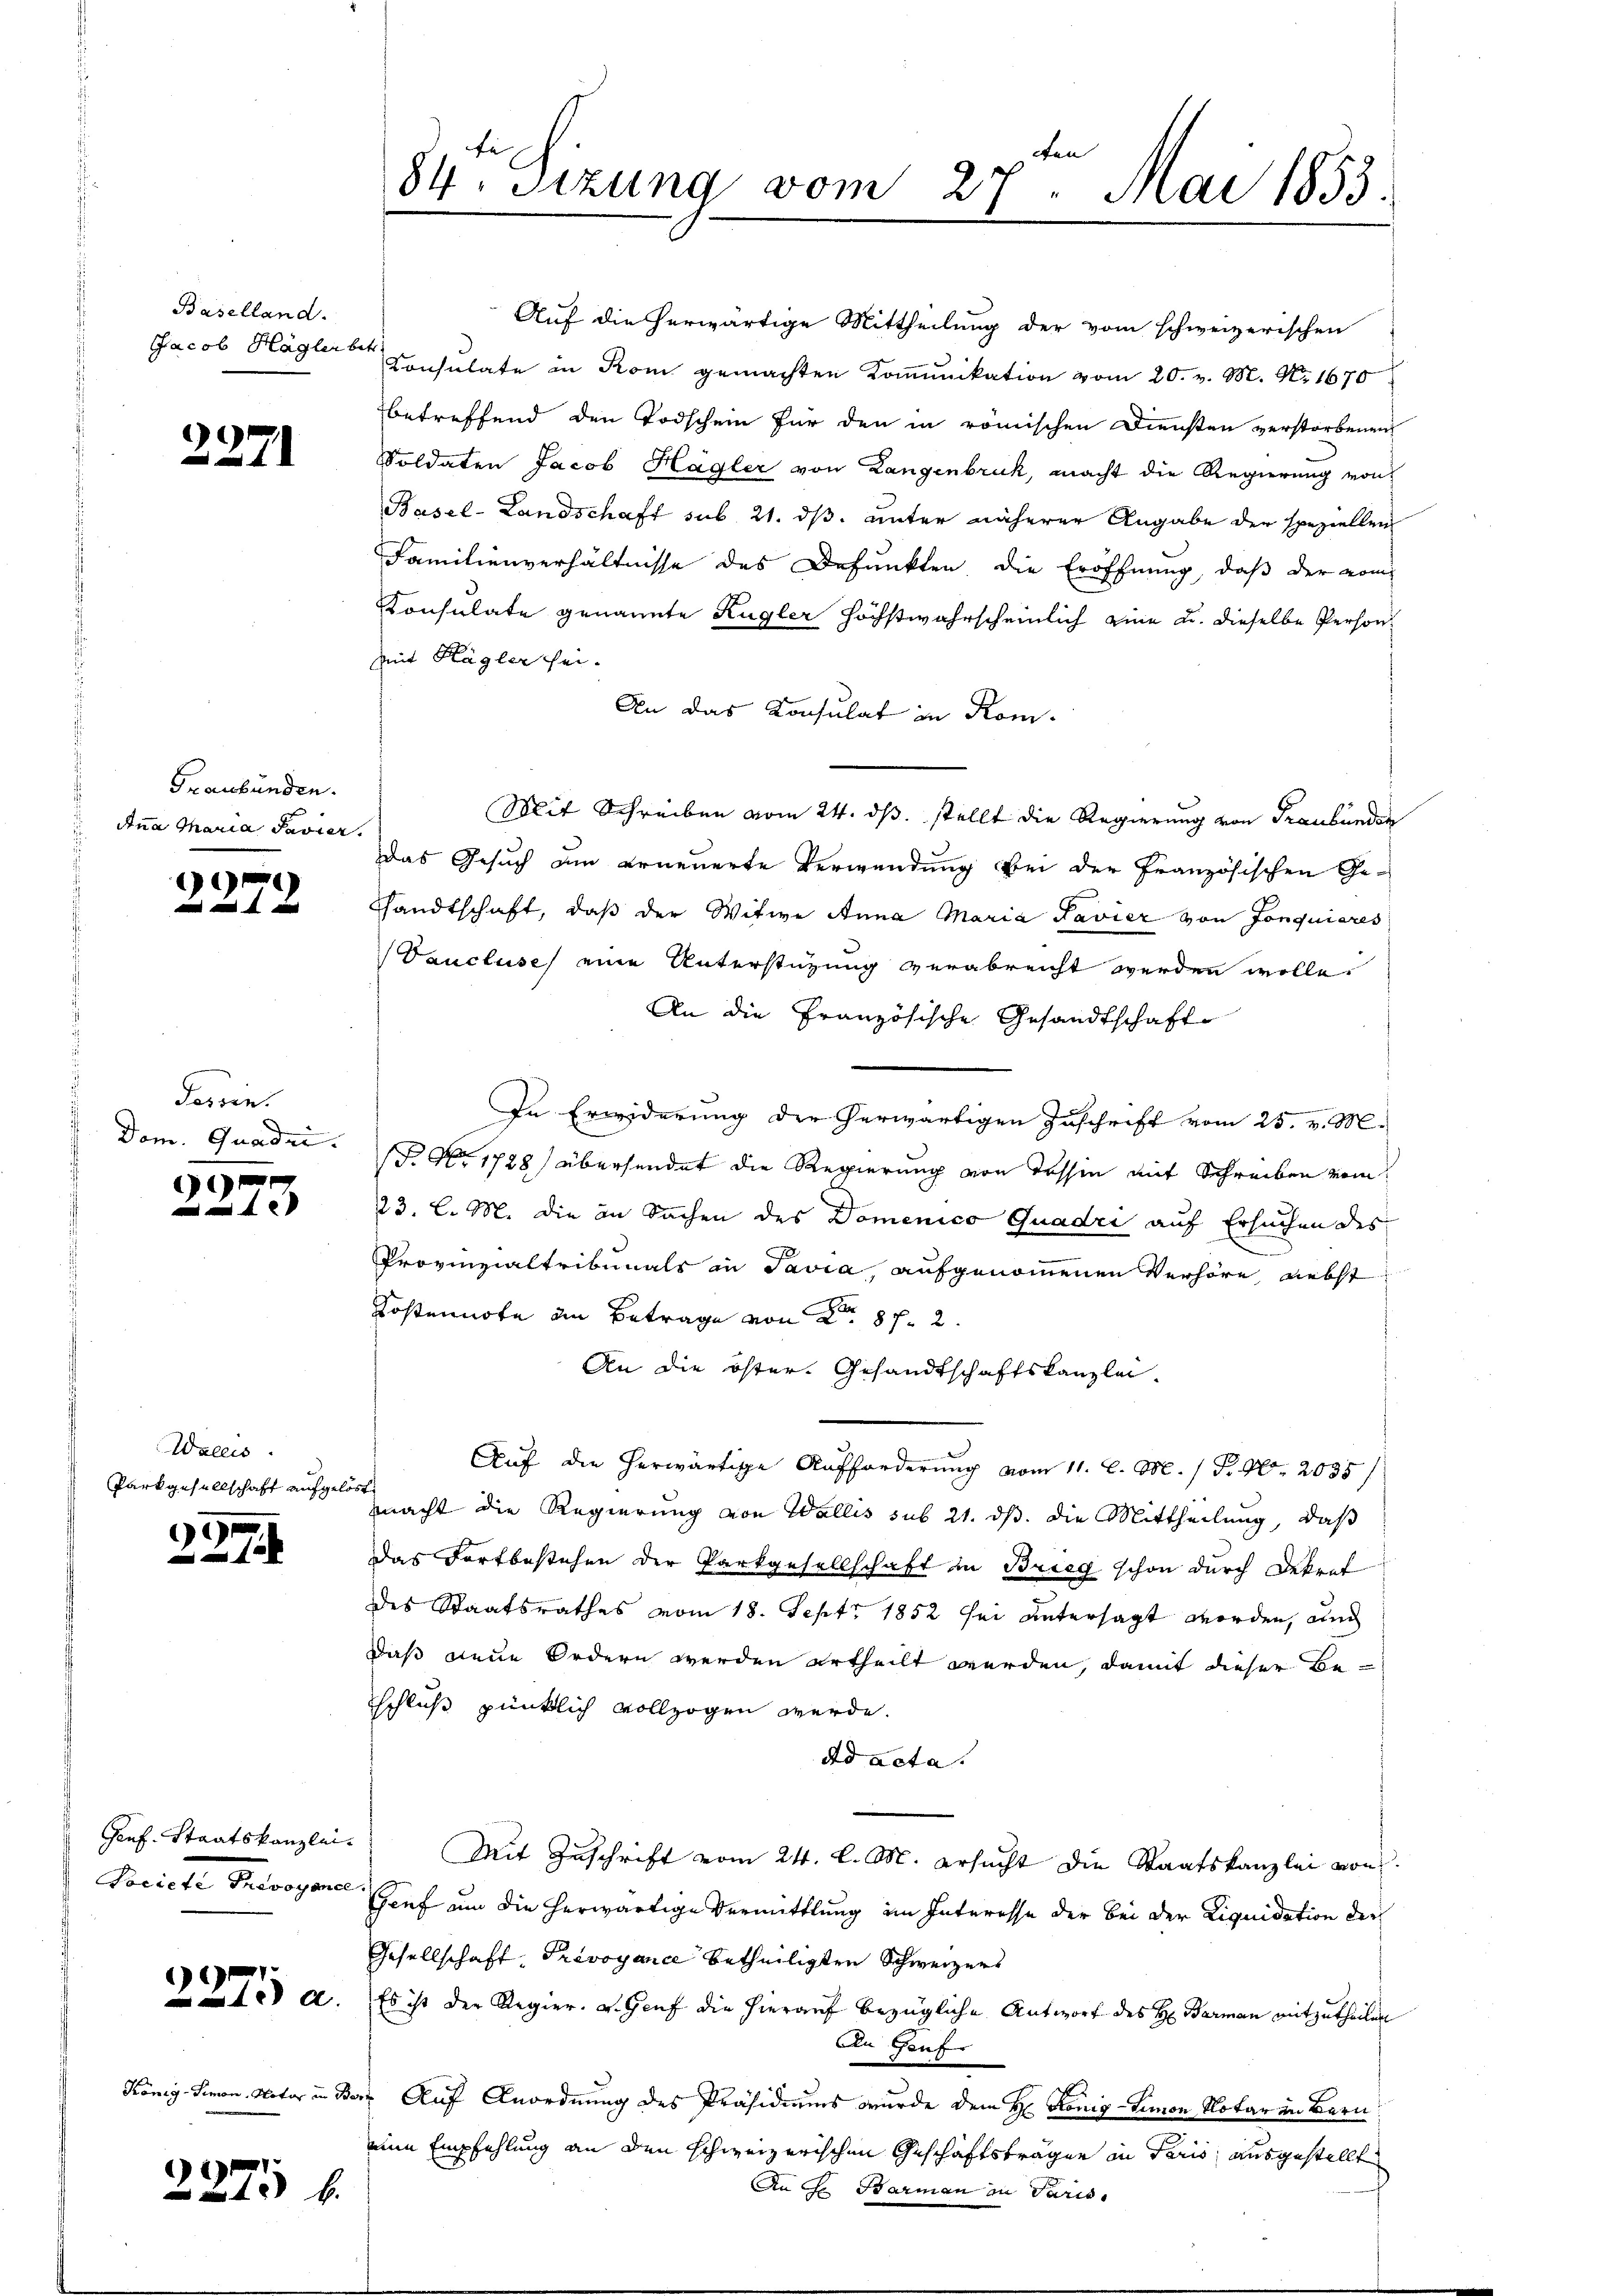
Baselland.
Jacob Hägler betr.

2271

Graubünden.
Anna Maria Favier.

2279

Tessin.

Wallis.
Parkgesellschaft aufgelöst

)
12

Genf. Staatskanzlei-
Beriche Melangen

8
 x

cen
84. Sizung vom 27. Mai 1853.

Auf die herwärtige Mittheilung der vom schweizerischen
Consulate in Rom gemachten Komunikation vom 20. v. M. Nr. 1670
betreffend den Todschein für den in römischen Diensten verstorbenen
Soldaten Jacob Hagler von Langenbruck, macht die Regierung von
Basel-Landschaft sub. 21. ds. unter näherer Angabe der speziellen
Familienverhältnisse des Defunkten die Eröffnung, daß der vom
Konsulate genannte Kugler höchstwahrscheinlich eine u. dieselbe Person
Mit Hagler sei.
An das Konsulat in Rom.
Mit Schreiben vom 24. ds. stellt die Regierung von Graubünden
Das Gesuch den erneuerte Verwendung bei der Französischen Gesandtschaft, daß der Witwe Anna Maria Pavier von Jonquieres
Vaucluse eine Unterstützung verabreicht werden wolle.
An die Französische Gesandtschaft
In Erwiderung der herwärtigen Zuschrift vom 25. v. M.
Dom. Quadri. P. Nr. 1728) übersendet die Regierung von Tessin mit Schreiben vom
23. l. M. die in Sachen des Domenico Quadri auf Ersuchen des
.
Provinzialtribunals in Pavia, aufgenommenen Verhöre, nebst
Kostente in Betrage von 28 f. 2.
An die öster Gesandtschaftskanzlei-
Auf die herwärtige Aufforderung vom 11. d. M. / P. Nr. 2035/
macht die Regierung von Wallis sub 21. ds. die Mittheilung, daß
das Fortbestehen der Parkgesellschaft in Brieg schon durch Dekret
des Staatsrathes vom 18. Sept. 1852 sei untersagt worden, und
daß neue Ordern werden ertheilt werden, damit dieser Beschluß pünklich vollzogen werde.
ad acta.
Mit Zuschrift vom 24. l. M. ersucht die Staatskanzlei von
Genf um die herwärtige Vermittlung im Interesse der bei der Liquidation der
Gesellschaft, Prevoyance betheiligten Schweizers
 a. Es ist der Regier. v. Genf die hierauf bezügliche Antwort des H: Barman mitzutheilen
An Genf
König-Simon Notar in Bern Auf Anordnung des Präsidiums wurde dem Hr. König-Limon Notar in Bern,
ein Empfehlung an den schweizerischen Geschäftsträgen in Paris, ausgestellt